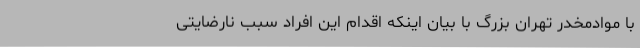
با موادمخدر تهران بزرگ با بیان اینکه اقدام این افراد سبب نارضایتی